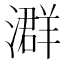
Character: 𪷧